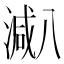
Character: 𱨐